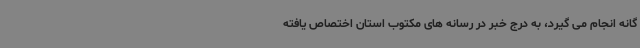
گانه انجام می گیرد، به درج خبر در رسانه های مکتوب استان اختصاص یافته